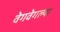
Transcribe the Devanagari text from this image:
वेगवेगल्या